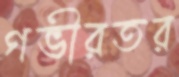
গভীরতর